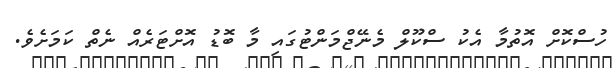
ހުސްކޮށް އޮތުމާ އެކު ސްކޫލް މެނޭޖްމަންޓުގައި މާ ބޮޑު އޮށްޓަރެއް ނެތް ކަމަށެވެ.